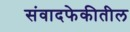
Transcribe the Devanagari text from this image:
संवादफेकीतील